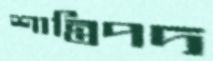
শান্তিপদ